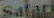
Safari